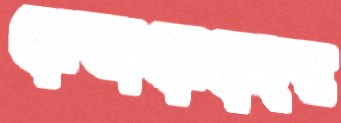
বেভারেজের